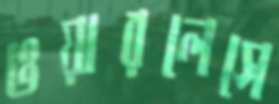
ওয়ারলেসে